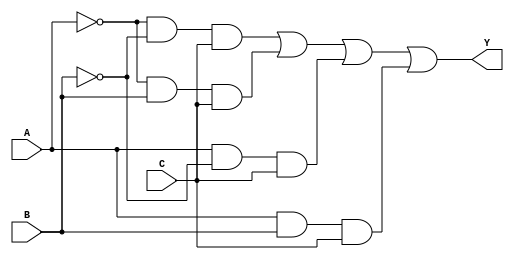
module sop_simplification (
    input wire A,
    input wire B,
    input wire C,
    output wire Y
);

// Define the minterms for which the output Y should be high (1)
// For example, let's say the minterms are 1 (001), 3 (011), 5 (101), and 7 (111)
// This corresponds to the expression: Y = A'B'C + A'BC + AB'C + ABC

assign Y = (~A & ~B & C) | (~A & B & C) | (A & ~B & C) | (A & B & C);

endmodule